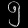
Digit: ၅